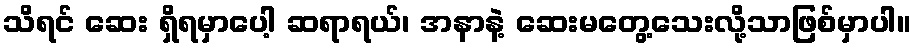
သိရင် ဆေး ရှိရမှာပေါ့ ဆရာရယ်၊ အနာနဲ့ ဆေးမတွေ့သေးလို့သာဖြစ်မှာပါ။